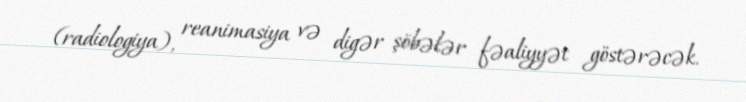
(radiologiya), reanimasiya və digər şöbələr fəaliyyət göstərəcək.